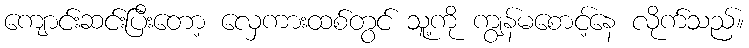
ကျောင်းဆင်းပြီးတော့ လှေကားထစ်တွင် သူ့ကို ကျွန်မစောင့်နေ လိုက်သည်။